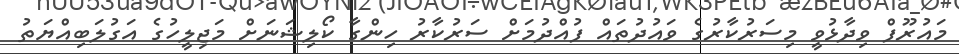
މައުރޫފް ވިދާޅުވީ މިސަރުކާރުގެ ވައުދުތައް ފުއްދުމަށް ސަރުކާރު ހިންގާ ކޯލިޝަނަށް މަޖިލީހުގެ އަގުލަބިއްޔަތު